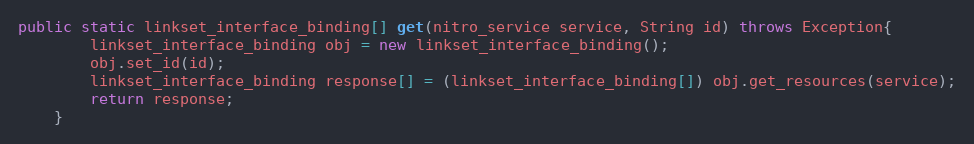
Language: Java
public static linkset_interface_binding[] get(nitro_service service, String id) throws Exception{
		linkset_interface_binding obj = new linkset_interface_binding();
		obj.set_id(id);
		linkset_interface_binding response[] = (linkset_interface_binding[]) obj.get_resources(service);
		return response;
	}